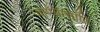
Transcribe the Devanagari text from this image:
जाण्यासाठि